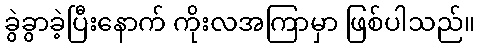
ခွဲခွာခဲ့ပြီးနောက် ကိုးလအကြာမှာ ဖြစ်ပါသည်။